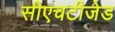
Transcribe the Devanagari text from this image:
सीएचटीजेड